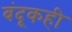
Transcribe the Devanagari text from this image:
बंदूकही